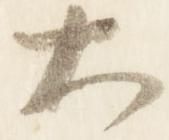
大